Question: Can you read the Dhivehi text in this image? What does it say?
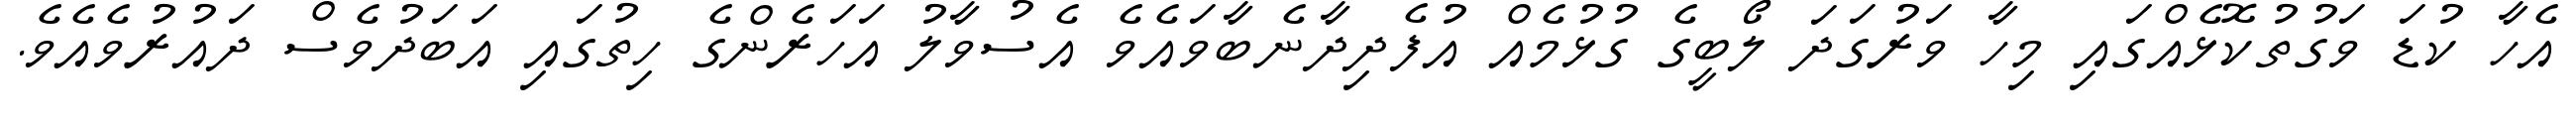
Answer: އެހާ ކުޑަ ވަގުތުކޮޅެއްގައި މިހާ ވަރުގަދަ ލޯބީގެ ގުޅުމެއް އުފެދިދާނެބާވައެވެ އެސުވާލު އަހަރެންގެ ހިތުގައި އަބަދުވެސް ދައުރުވެއެވެ.